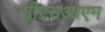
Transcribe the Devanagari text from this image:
सीएसओएम